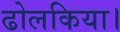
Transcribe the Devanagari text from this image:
ढोलकिया।